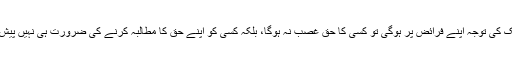
اگر ہر ایک کی توجہ اپنے فرائض پر ہوگی تو کسی کا حق غصب نہ ہوگا، بلکہ کسی کو اپنے حق کا مطالبہ کرنے کی ضرورت ہی نہیں پیش آئے گی۔